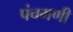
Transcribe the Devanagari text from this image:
पंचमणी